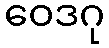
ဝေဒဂု